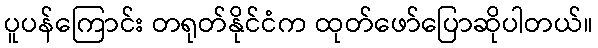
ပူပန်ကြောင်း တရုတ်နိုင်ငံက ထုတ်ဖော်ပြောဆိုပါတယ်။